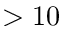
> 1 0